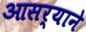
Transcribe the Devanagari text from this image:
आसर्‍याने